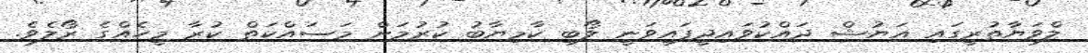
ލްވަޔާތުރީގައި އަޔުޝް ދައްކުވައިދީފައިވަނީ ލޯބި ކާމިޔާބު ކުރުމަށް މަސައްކަތް ކުރާ މީހެއްގެ ރޯލެވެ.